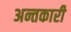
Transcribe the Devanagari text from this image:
अन्तकारी